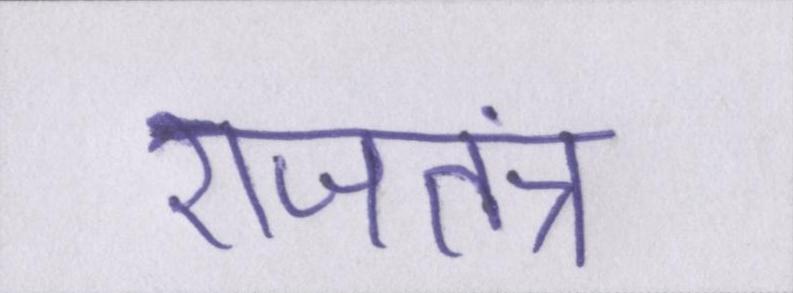
राजतंत्र